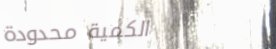
الكمية محدودة